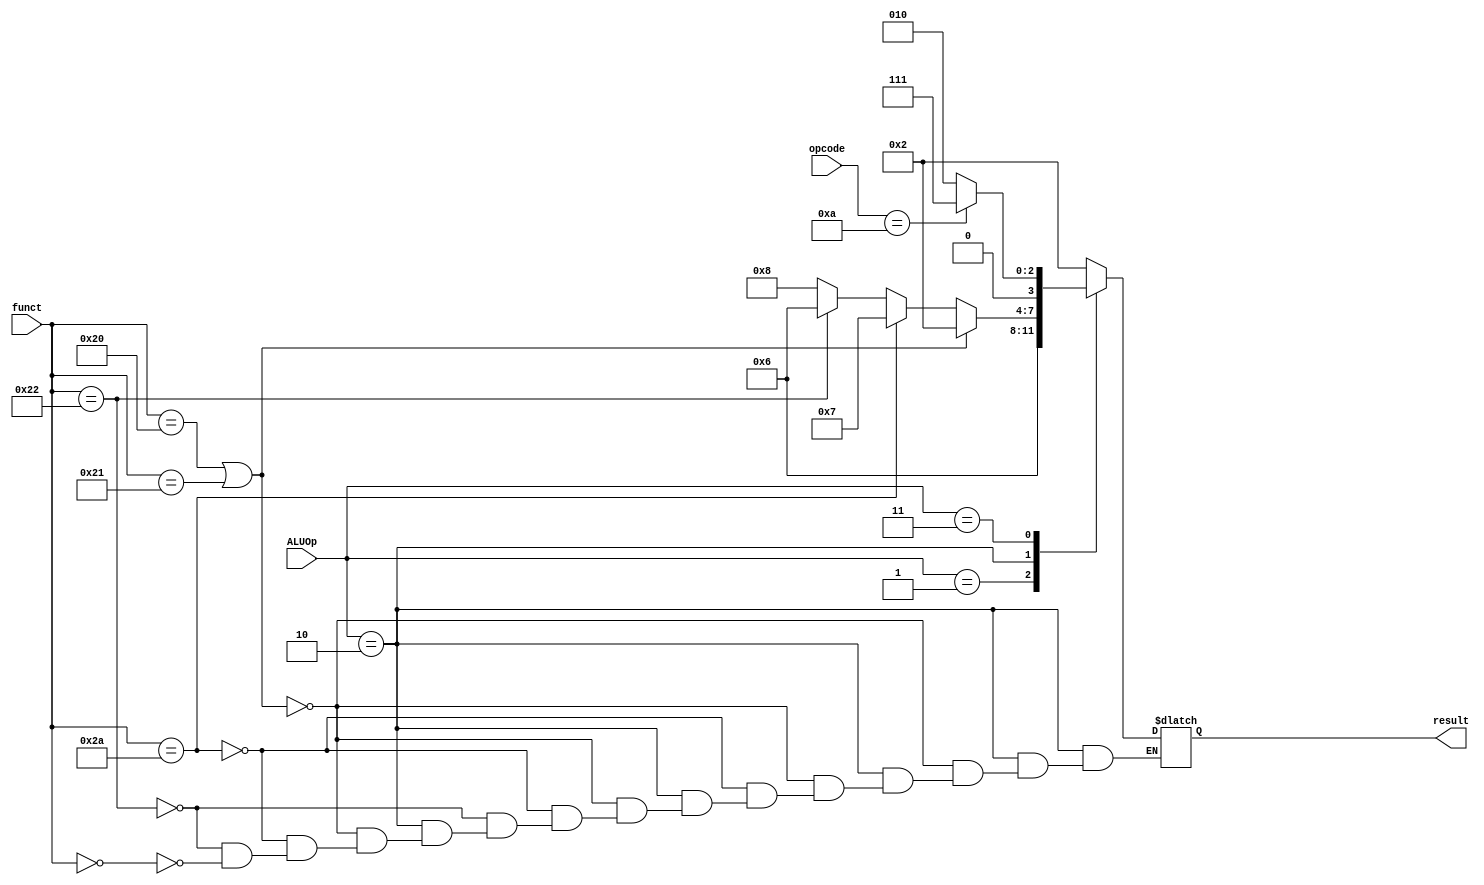
`timescale 1ns / 1ps
module ALUcontrol(
input [1:0] ALUOp,
input [5:0] funct,
input [5:0] opcode,
output reg [3:0]result
 );
 //ALU control
 parameter ADD = 4'b0010;
 parameter SUB = 4'b0110;
 parameter SLT = 4'b0111;
 parameter SLL = 4'b1000;
 parameter sllfunct = 6'b000000;
 parameter addfunct = 6'b100000;
 parameter addufunct = 6'b100001;
 parameter subfunct = 6'b100010;
 parameter andfunct = 6'b100100;
 parameter orfunct = 6'b100101;
 parameter sltfunct = 6'b101010;
 parameter JRfunct = 6'b001000;
 parameter sltiop = 6'b001010;
 always@(*) begin 
    case(ALUOp)
        2'b00:result = ADD;//lw/sw
        2'b01:result = SUB;//beq
        2'b10: begin//R
            if(funct == addfunct || funct == addufunct) result = ADD;
            else if(funct == sltfunct) result = SLT;
            else if(funct == subfunct) result = SUB;
            else if(funct == sllfunct) result = SLL;
           end
        2'b11:begin//I
             if(opcode == sltiop) result = SLT;
             else result = ADD;
           end  
     endcase
end
endmodule